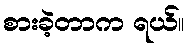
စားခဲ့တာက ရယ်။